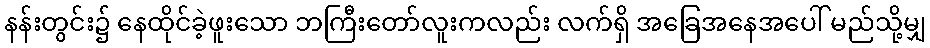
နန်းတွင်း၌ နေထိုင်ခဲ့ဖူးသော ဘကြီးတော်လူးကလည်း လက်ရှိ အခြေအနေအပေါ် မည်သို့မျှ